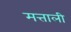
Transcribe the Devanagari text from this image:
मत्ताली